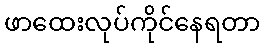
ဖာထေးလုပ်ကိုင်နေရတာ